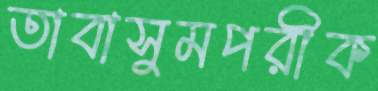
তাবাসুমপরীক